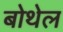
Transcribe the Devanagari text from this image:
बोथेल